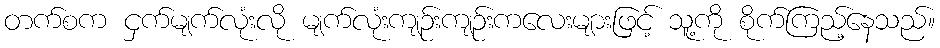
တက်စက ငှက်မျက်လုံးလို မျက်လုံးကျဉ်းကျဉ်းကလေးများဖြင့် သူ့ကို စိုက်ကြည့်နေသည်။